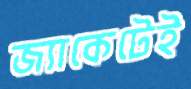
জ্যাকেটেই